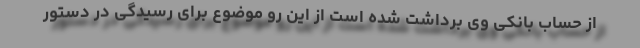
از حساب بانکی وی برداشت شده است از این رو موضوع برای رسیدگی در دستور